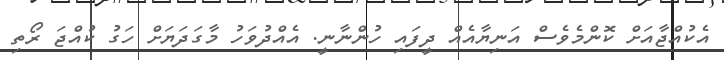
އެކުއްޖާއަށް ކޮންމެވެސް އަނިޔާއެއް ދީފައި ހުންނާނީ. އެއްދުވަހު މާގަދަޔަށް ހަގު ކުއްޖަ ރޯތި